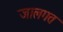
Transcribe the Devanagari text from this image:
जालगत